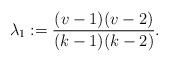
LaTeX: \begin{align*}\lambda_1:=\frac{(v-1)(v-2)}{(k-1)(k-2)}. \end{align*}